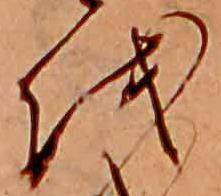
を